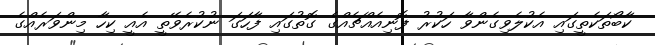
ކާބޯތަކެތީގައި އެކުލެވިގެންވާ ހަކުރު ފޮނިއެއްޗެއްގެ ގޮތުގައި ފާހަގަ ނުކުރެވޭތީ އެއީ ކިހާ މިންވަރެއްގެ